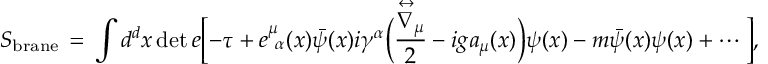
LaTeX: S _ { \mathrm { b r a n e } } \, = \, \int d ^ { d } x \operatorname * { d e t } { e } \biggl [ - \tau + e _ { \ \alpha } ^ { \mu } ( x ) \bar { \psi } ( x ) i \gamma ^ { \alpha } \Bigl ( \frac { \stackrel { \leftrightarrow } { \nabla } _ { \mu } } { 2 } - i g a _ { \mu } ( x ) \Bigr ) \psi ( x ) - m \bar { \psi } ( x ) \psi ( x ) + \cdots \, \biggr ] ,